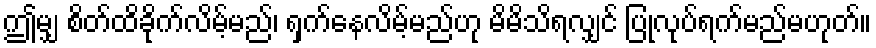
ဤမျှ စိတ်ထိခိုက်လိမ့်မည်၊ ရှက်နေလိမ့်မည်ဟု မိမိသိရလျှင် ပြုလုပ်ရက်မည်မဟုတ်။